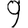
Digit: 9